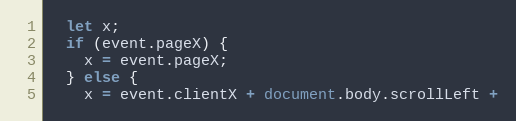
Language: JavaScript
  let x;
  if (event.pageX) {
    x = event.pageX;
  } else {
    x = event.clientX + document.body.scrollLeft +